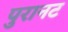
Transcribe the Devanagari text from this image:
पुरानट